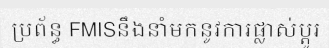
ប្រព័ន្ធ FMISនឹងនាំមកនូវការផ្លាស់ប្តូរ